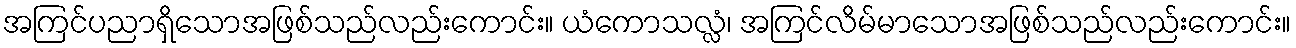
အကြင်ပညာရှိသောအဖြစ်သည်လည်းကောင်း။ ယံကောသလ္လံ၊ အကြင်လိမ်မာသောအဖြစ်သည်လည်းကောင်း။